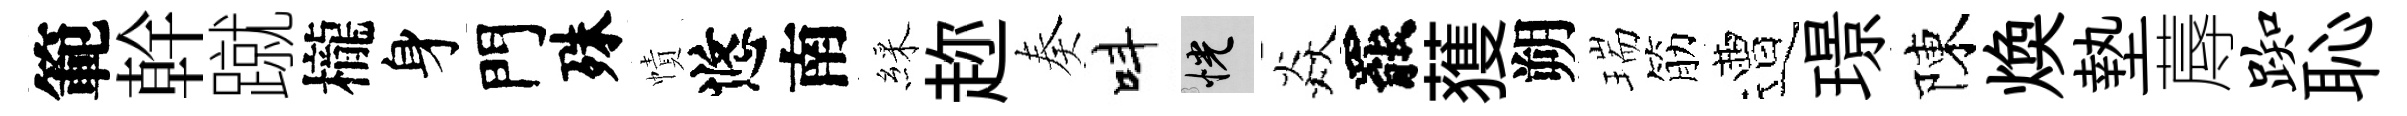
範幹蹴櫳身門殊幘悠南綵趂奏呌恍焱罷𫉬朔瑞筋遭璟陳煥墊蓐踟恥